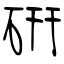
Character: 硏